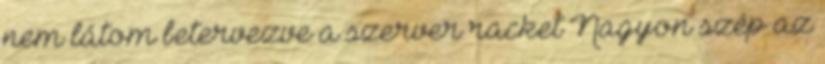
nem látom betervezve a szerver racket Nagyon szép az